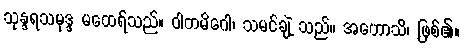
သုန္ဒရသမုဒ္ဒ မထေရ်သည်။ ဝါတမိဂေါ၊ သမင်ချဲ့ သည်။ အဟောသိ၊ ဖြစ်၏။